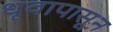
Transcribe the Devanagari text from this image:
धृवापासून